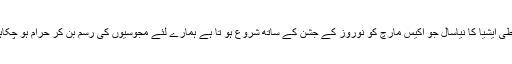
وسطی ایشیا کا نیاسال جو اکیس مارچ کو نوروز کے جشن کے ساتھ شروع ہو تا ہے ہمارے لئے مجوسیوں کی رسم بن کر حرام ہو چکاہے۔